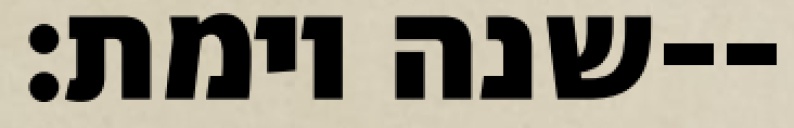
שנה וימת׃--